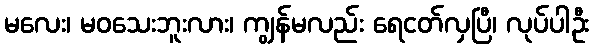
မလေး၊ မဝသေးဘူးလား၊ ကျွန်မလည်း ရေငတ်လှပြီ၊ လုပ်ပါဦး